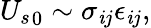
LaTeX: {U_{s}}_{0}\sim\sigma_{\mathit{i}j}\epsilon_{\mathit{i}j},